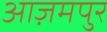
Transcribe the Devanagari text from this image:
आज़मपुर